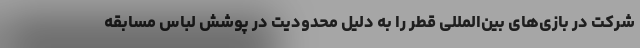
شرکت در بازی‌های بین‌المللی قطر را به دلیل محدودیت در پوشش لباس مسابقه